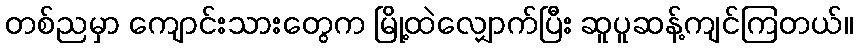
တစ်ညမှာ ကျောင်းသားတွေက မြို့ထဲလျှောက်ပြီး ဆူပူဆန့်ကျင်ကြတယ်။